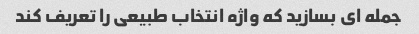
جمله ای بسازید که واژه انتخاب طبیعی را تعریف کند